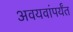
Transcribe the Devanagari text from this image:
अवयवांपर्यंत